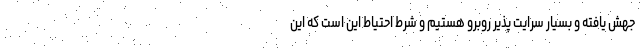
جهش یافته و بسیار سرایت پذیر روبرو هستیم و شرط احتیاط این است که این